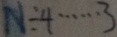
N \div 4 \cdots 3